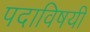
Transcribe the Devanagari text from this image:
पदाविषयी